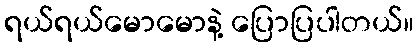
ရယ်ရယ်မောမောနဲ့ ပြောပြပါတယ်။